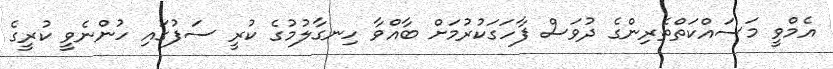
އެމްވީ މަސައްކަތްތެރިންގެ ދުވަސް ފާހަގަކުރުމަށް ބާއްވާ ހިނގާލުމުގެ ކުރީ ސަފުގައި ހުންނެވީ ކުރީގެ